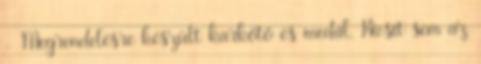
- Megrendelésre készült karkötő és medál. Kicsit sem az